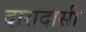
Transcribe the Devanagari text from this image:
दासदासी